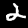
Digit: 2